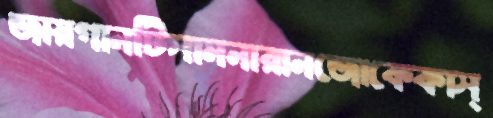
জায়গানটিসামনারানজোকেকাস্